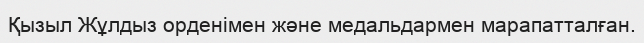
Қызыл Жұлдыз орденімен және медальдармен марапатталған.